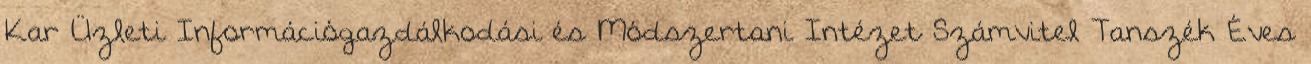
Kar Üzleti Információgazdálkodási és Módszertani Intézet Számvitel Tanszék Éves